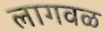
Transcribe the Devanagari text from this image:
लागवळ